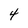
Character: 4